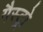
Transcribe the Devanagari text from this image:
गैस्‍ट्रो